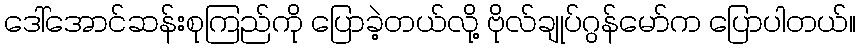
ဒေါ်အောင်ဆန်းစုကြည်ကို ပြောခဲ့တယ်လို့ ဗိုလ်ချုပ်ဂွန်မော်က ပြောပါတယ်။